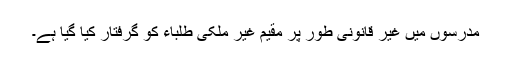
مدرسوں میں غیر قانونی طور پر مقیم غیر ملکی طلباء کو گرفتار کیا گیا ہے۔